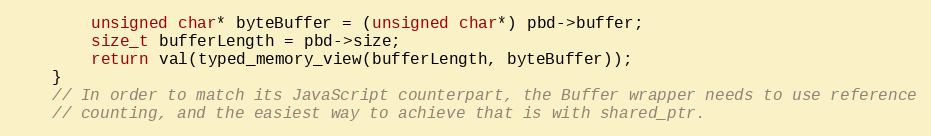
Language: C++
        unsigned char* byteBuffer = (unsigned char*) pbd->buffer;
        size_t bufferLength = pbd->size;
        return val(typed_memory_view(bufferLength, byteBuffer));
    }
    // In order to match its JavaScript counterpart, the Buffer wrapper needs to use reference
    // counting, and the easiest way to achieve that is with shared_ptr.